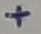
Text: +